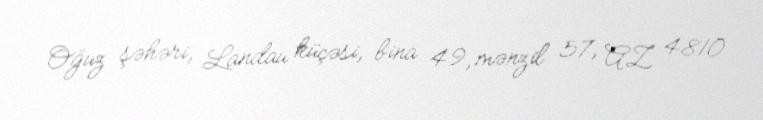
Oğuz şəhəri, Landau küçəsi, bina 49, mənzil 57, AZ 4810